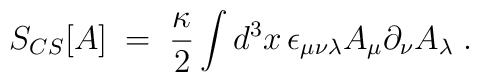
S_{CS}[A] \;=\; \frac{\kappa}{2} \int d^3x\,\epsilon_{\mu\nu\lambda} A_\mu \partial_\nu A_\lambda \;.